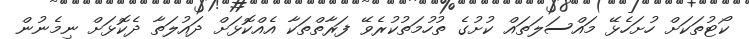
ކޯޓުތަކަށް ހުށަހެޅޭ މައްސަލަތައް ކުށުގެ ތުހުމަތުކުރެވޭ ފަރާތްތަކާ އެއްކޮޅަށް ދައުލަތާ ދެކޮޅަށް ނިމެނުން